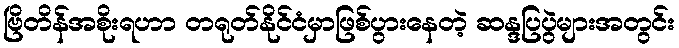
ဗြိတိန်အစိုးရဟာ တရုတ်နိုင်ငံမှာဖြစ်ပွားနေတဲ့ ဆန္ဒပြပွဲများအတွင်း